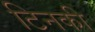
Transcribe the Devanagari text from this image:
टिनकी